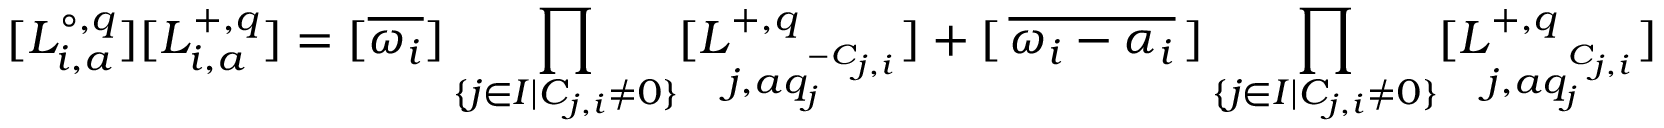
[ L _ { i , a } ^ { \circ , q } ] [ L _ { i , a } ^ { + , q } ] = [ \overline { { \omega _ { i } } } ] \prod _ { \{ j \in I | C _ { j , i } \neq 0 \} } [ L _ { j , a q _ { j } ^ { - C _ { j , i } } } ^ { + , q } ] + [ \, \overline { { \omega _ { i } - \alpha _ { i } } } \, ] \prod _ { \{ j \in I | C _ { j , i } \neq 0 \} } [ L _ { j , a q _ { j } ^ { C _ { j , i } } } ^ { + , q } ]